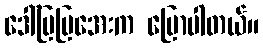
ဒေါ်မြမြအေးက ပြောပါတယ်။